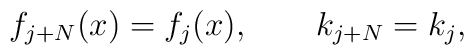
f_{j+N}(x)=f_j(x),\qquad   k_{j+N}=k_j,